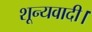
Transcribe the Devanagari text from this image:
शून्यवादी।